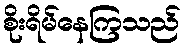
စိုးရိမ်နေကြသည်